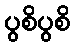
ပွစိပွစိ